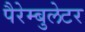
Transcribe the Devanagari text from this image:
पैरेम्बुलेटर